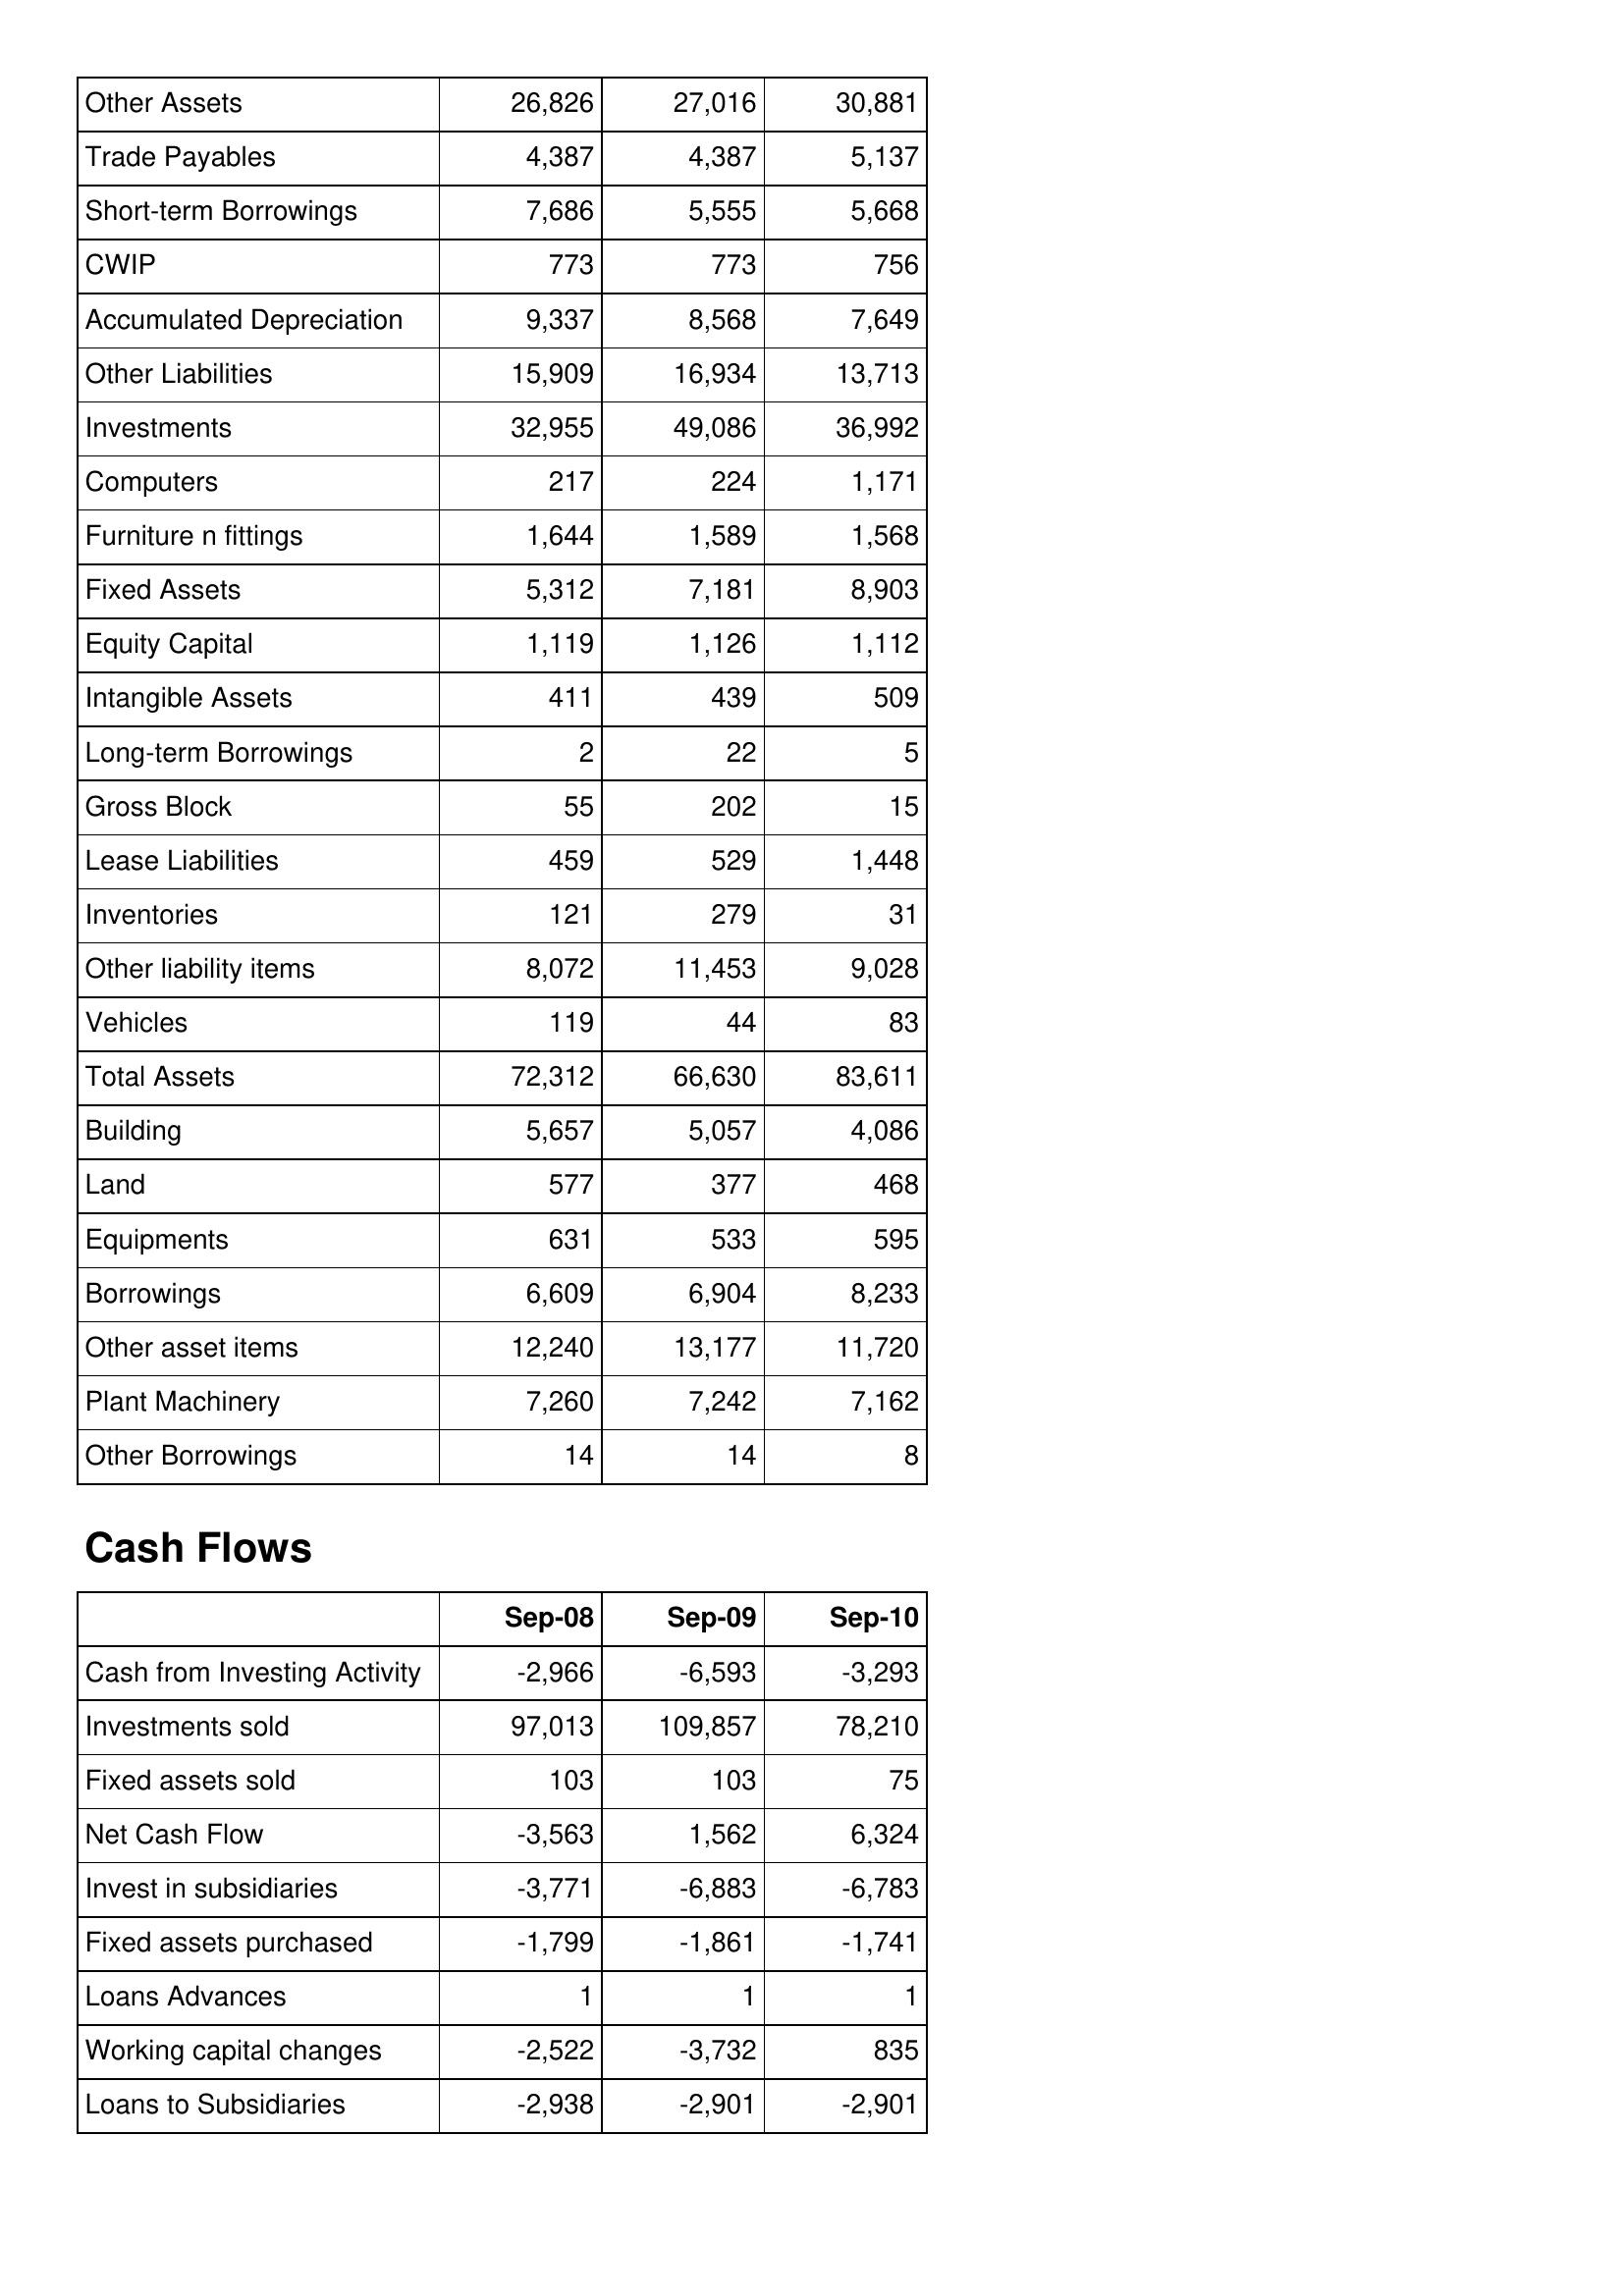
Sep-08: Balance Sheet: Other Assets: 26,826
Trade Payables: 4,387
Short-term Borrowings: 7,686
CWIP: 773
Accumulated Depreciation: 9,337
Other Liabilities: 15,909
Investments: 32,955
Computers: 217
Furniture n fittings: 1,644
Fixed Assets: 5,312
Equity Capital: 1,119
Intangible Assets: 411
Long-term Borrowings: 2
Gross Block: 55
Lease Liabilities: 459
Inventories: 121
Other liability items: 8,072
Vehicles: 119
Total Assets: 72,312
Building: 5,657
Land: 577
Equipments: 631
Borrowings: 6,609
Other asset items: 12,240
Plant Machinery: 7,260
Other Borrowings: 14
Cash Flows: Cash from Investing Activity: -2,966
Investments sold: 97,013
Fixed assets sold: 103
Net Cash Flow: -3,563
Invest in subsidiaries: -3,771
Fixed assets purchased: -1,799
Loans Advances: 1
Working capital changes: -2,522
Loans to Subsidiaries: -2,938
Sep-09: Balance Sheet: Other Assets: 27,016
Trade Payables: 4,387
Short-term Borrowings: 5,555
CWIP: 773
Accumulated Depreciation: 8,568
Other Liabilities: 16,934
Investments: 49,086
Computers: 224
Furniture n fittings: 1,589
Fixed Assets: 7,181
Equity Capital: 1,126
Intangible Assets: 439
Long-term Borrowings: 22
Gross Block: 202
Lease Liabilities: 529
Inventories: 279
Other liability items: 11,453
Vehicles: 44
Total Assets: 66,630
Building: 5,057
Land: 377
Equipments: 533
Borrowings: 6,904
Other asset items: 13,177
Plant Machinery: 7,242
Other Borrowings: 14
Cash Flows: Cash from Investing Activity: -6,593
Investments sold: 109,857
Fixed assets sold: 103
Net Cash Flow: 1,562
Invest in subsidiaries: -6,883
Fixed assets purchased: -1,861
Loans Advances: 1
Working capital changes: -3,732
Loans to Subsidiaries: -2,901
Sep-10: Balance Sheet: Other Assets: 30,881
Trade Payables: 5,137
Short-term Borrowings: 5,668
CWIP: 756
Accumulated Depreciation: 7,649
Other Liabilities: 13,713
Investments: 36,992
Computers: 1,171
Furniture n fittings: 1,568
Fixed Assets: 8,903
Equity Capital: 1,112
Intangible Assets: 509
Long-term Borrowings: 5
Gross Block: 15
Lease Liabilities: 1,448
Inventories: 31
Other liability items: 9,028
Vehicles: 83
Total Assets: 83,611
Building: 4,086
Land: 468
Equipments: 595
Borrowings: 8,233
Other asset items: 11,720
Plant Machinery: 7,162
Other Borrowings: 8
Cash Flows: Cash from Investing Activity: -3,293
Investments sold: 78,210
Fixed assets sold: 75
Net Cash Flow: 6,324
Invest in subsidiaries: -6,783
Fixed assets purchased: -1,741
Loans Advances: 1
Working capital changes: 835
Loans to Subsidiaries: -2,901